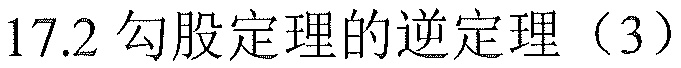
17.2 勾股定理的逆定理（3）